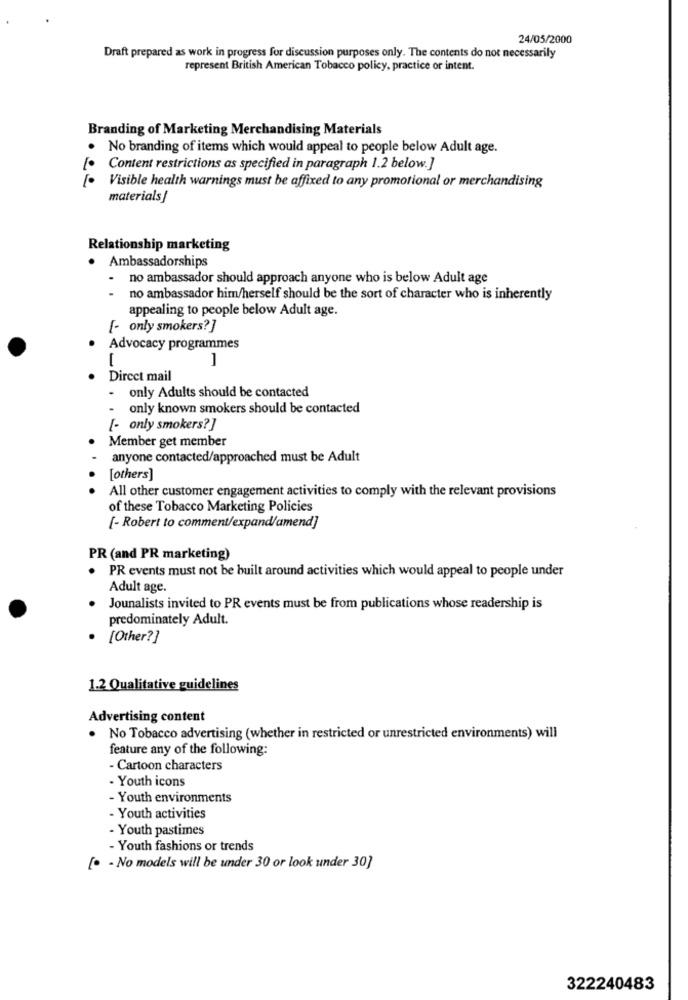
24/05/2000
Draft prepared as work in progress for discussion purposes only. The contents do not necessarily
represent British American Tobacco policy, practice or intent.
Branding of Marketing Merchandising Materials
.
No branding of items which would appeal to people below Adult age.
Content restrictions as specified in paragraph 1.2 below.]
Visible health warnings must be affixed to any promotional or merchandising
materials/
Relationship marketing
· Ambassadorships
- no ambassador should approach anyone who is below Adult age
-
no ambassador him/herself should be the sort of character who is inherently
appealing to people below Adult age.
[- only smokers? ]
Advocacy programmes
1
Direct mail
- only Adults should be contacted
- only known smokers should be contacted
[- only smokers? ]
Member get member
anyone contacted/approached must be Adult
.
[others]
All other customer engagement activities to comply with the relevant provisions
of these Tobacco Marketing Policies
[- Robert to comment/expand/amend]
PR (and PR marketing)
PR events must not be built around activities which would appeal to people under
Adult age.
Jounalists invited to PR events must be from publications whose readership is
predominately Adult.
[Other?]
1.2 Qualitative guidelines
Advertising content
. No Tobacco advertising (whether in restricted or unrestricted environments) will
feature any of the following:
- Cartoon characters
- Youth icons
- Youth environments
- Youth activities
- Youth pastimes
- Youth fashions or trends
[. - No models will be under 30 or look under 30]
322240483